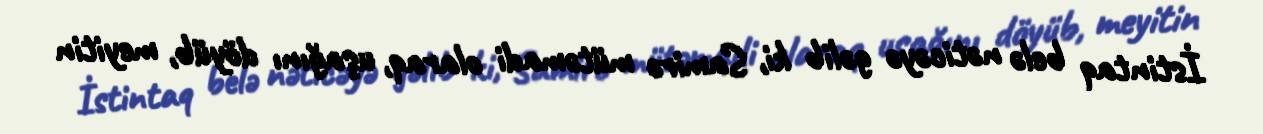
İstintaq belə nəticəyə gəlib ki, Samirə mütəmadi olaraq, uşağını döyüb, meyitin